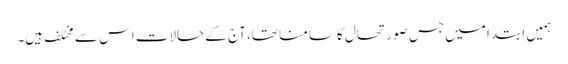
ہمیں ابتدا میں جس صورتحال کا سامنا تھا، آج کے حالات اس سے مخٹلف ہیں۔